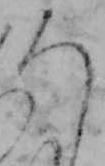
ろ